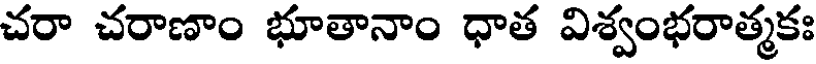
చరా చరాణాం భూతానాం ధాత విశ్వంభరాత్మకః